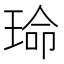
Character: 𬍱